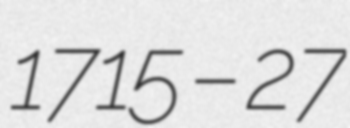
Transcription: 1715 – 27